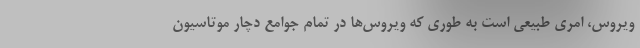
ویروس، امری طبیعی است به طوری که ویروس‌ها در تمام جوامع دچار موتاسیون